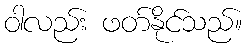
ဝါလည်း ဖတ်နိုင်သည်။